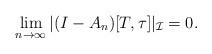
LaTeX: \begin{align*}\lim_{n \to \infty}|(I-A_n)[T,\tau]|_{\mathcal I} = 0.\end{align*}